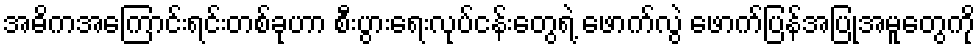
အဓိကအကြောင်းရင်းတစ်ခုဟာ စီးပွားရေးလုပ်ငန်းတွေရဲ့ ဖောက်လွဲ ဖောက်ပြန်အပြုအမူတွေကို